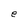
Character: e